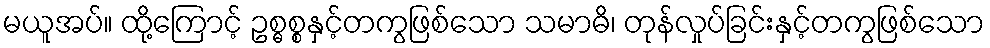
မယူအပ်။ ထို့ကြောင့် ဥစ္ဓစ္စနှင့်တကွဖြစ်သော သမာဓိ၊ တုန်လှုပ်ခြင်းနှင့်တကွဖြစ်သော